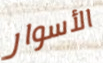
الأسوار